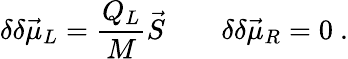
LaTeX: \delta\delta\vec{\mu}_{L}={\frac{Q_{L}}{M}}\vec{S}\qquad\delta\delta\vec{\mu}_{R}=0\ .